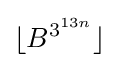
\lfloor B^{3^{13n}}\rfloor